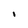
Character: I